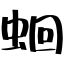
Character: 蛔